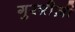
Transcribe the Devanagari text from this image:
गुरग़ीज़ी